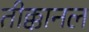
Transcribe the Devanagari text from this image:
तीक्कानल